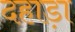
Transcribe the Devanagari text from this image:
दहाड़ा